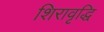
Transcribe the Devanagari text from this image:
शिरावृद्धि